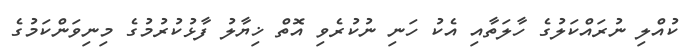
ކުއްލި ނުރައްކަލުގެ ހާލަތާއި އެކު ހަނި ނުކުރެވި އޮތް ޚިޔާލު ފާޅުކުރުމުގެ މިނިވަންކަމުގެ